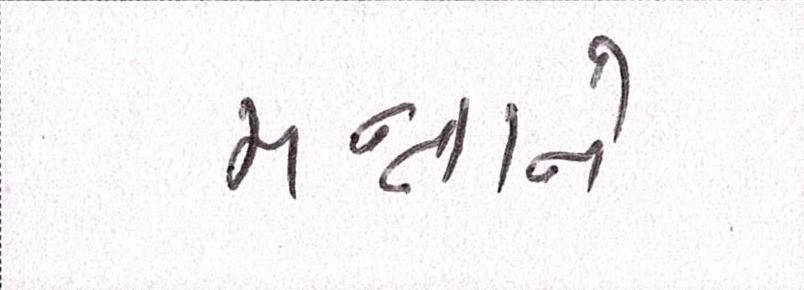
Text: મન્નાને